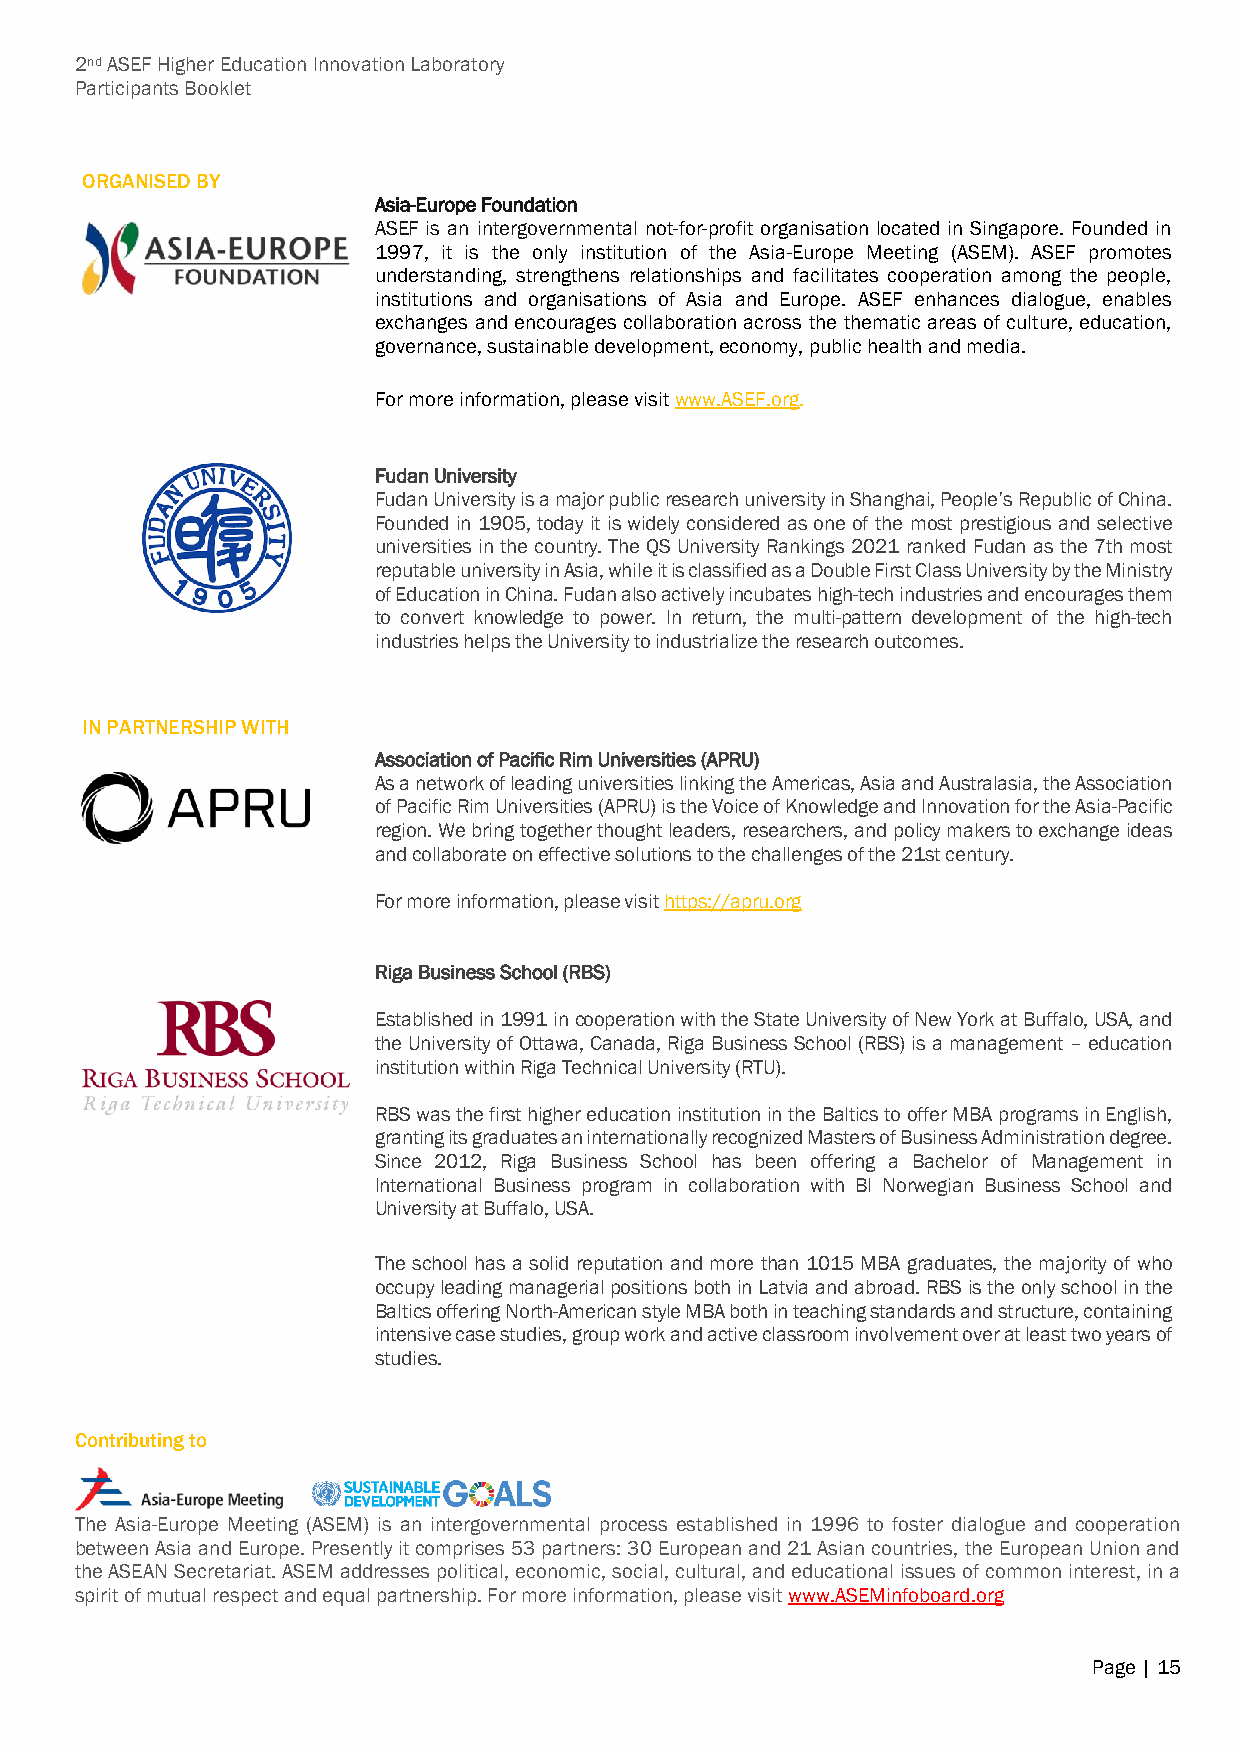
2nd ASEF Higher Education Innovation Laboratory
 Participants Booklet
 ORGANISED BY
 Asia-Europe Foundation
 ASEF is an intergovernmental not-for-profit organisation located in Singapore. Founded in
 1997, it is the only institution of the Asia-Europe Meeting (ASEM). ASEF promotes
 understanding, strengthens relationships and facilitates cooperation among the people,
 institutions and organisations of Asia and Europe. ASEF enhances dialogue, enables
 exchanges and encourages collaboration across the thematic areas of culture, education,
 governance, sustainable development, economy, public health and media.
 For more information, please visit www.ASEF.org.
 Fudan University
 Fudan University is a major public research university in Shanghai, People’s Republic of China.
 Founded in 1905, today it is widely considered as one of the most prestigious and selective
 universities in the country. The QS University Rankings 2021 ranked Fudan as the 7th most
 reputable university in Asia, while it is classified as a Double First Class University by the Ministry
 of Education in China. Fudan also actively incubates high-tech industries and encourages them
 to convert knowledge to power. In return, the multi-pattern development of the high-tech
 industries helps the University to industrialize the research outcomes.
 IN PARTNERSHIP WITH
 Association of Pacific Rim Universities (APRU)
 As a network of leading universities linking the Americas, Asia and Australasia, the Association
 of Pacific Rim Universities (APRU) is the Voice of Knowledge and Innovation for the Asia-Pacific
 region. We bring together thought leaders, researchers, and policy makers to exchange ideas
 and collaborate on effective solutions to the challenges of the 21st century.
 For more information, please visit https://apru.org
 Riga Business School (RBS)
 Established in 1991 in cooperation with the State University of New York at Buffalo, USA, and
 the University of Ottawa, Canada, Riga Business School (RBS) is a management – education
 institution within Riga Technical University (RTU).
 RBS was the first higher education institution in the Baltics to offer MBA programs in English,
 granting its graduates an internationally recognized Masters of Business Administration degree.
 Since 2012, Riga Business School has been offering a Bachelor of Management in
 International Business program in collaboration with BI Norwegian Business School and
 University at Buffalo, USA.
 The school has a solid reputation and more than 1015 MBA graduates, the majority of who
 occupy leading managerial positions both in Latvia and abroad. RBS is the only school in the
 Baltics offering North-American style MBA both in teaching standards and structure, containing
 intensive case studies, group work and active classroom involvement over at least two years of
 studies.
 Contributing to
 The Asia-Europe Meeting (ASEM) is an intergovernmental process established in 1996 to foster dialogue and cooperation
 between Asia and Europe. Presently it comprises 53 partners: 30 European and 21 Asian countries, the European Union and
 the ASEAN Secretariat. ASEM addresses political, economic, social, cultural, and educational issues of common interest, in a
 spirit of mutual respect and equal partnership. For more information, please visit www.ASEMinfoboard.org
 Page | 15